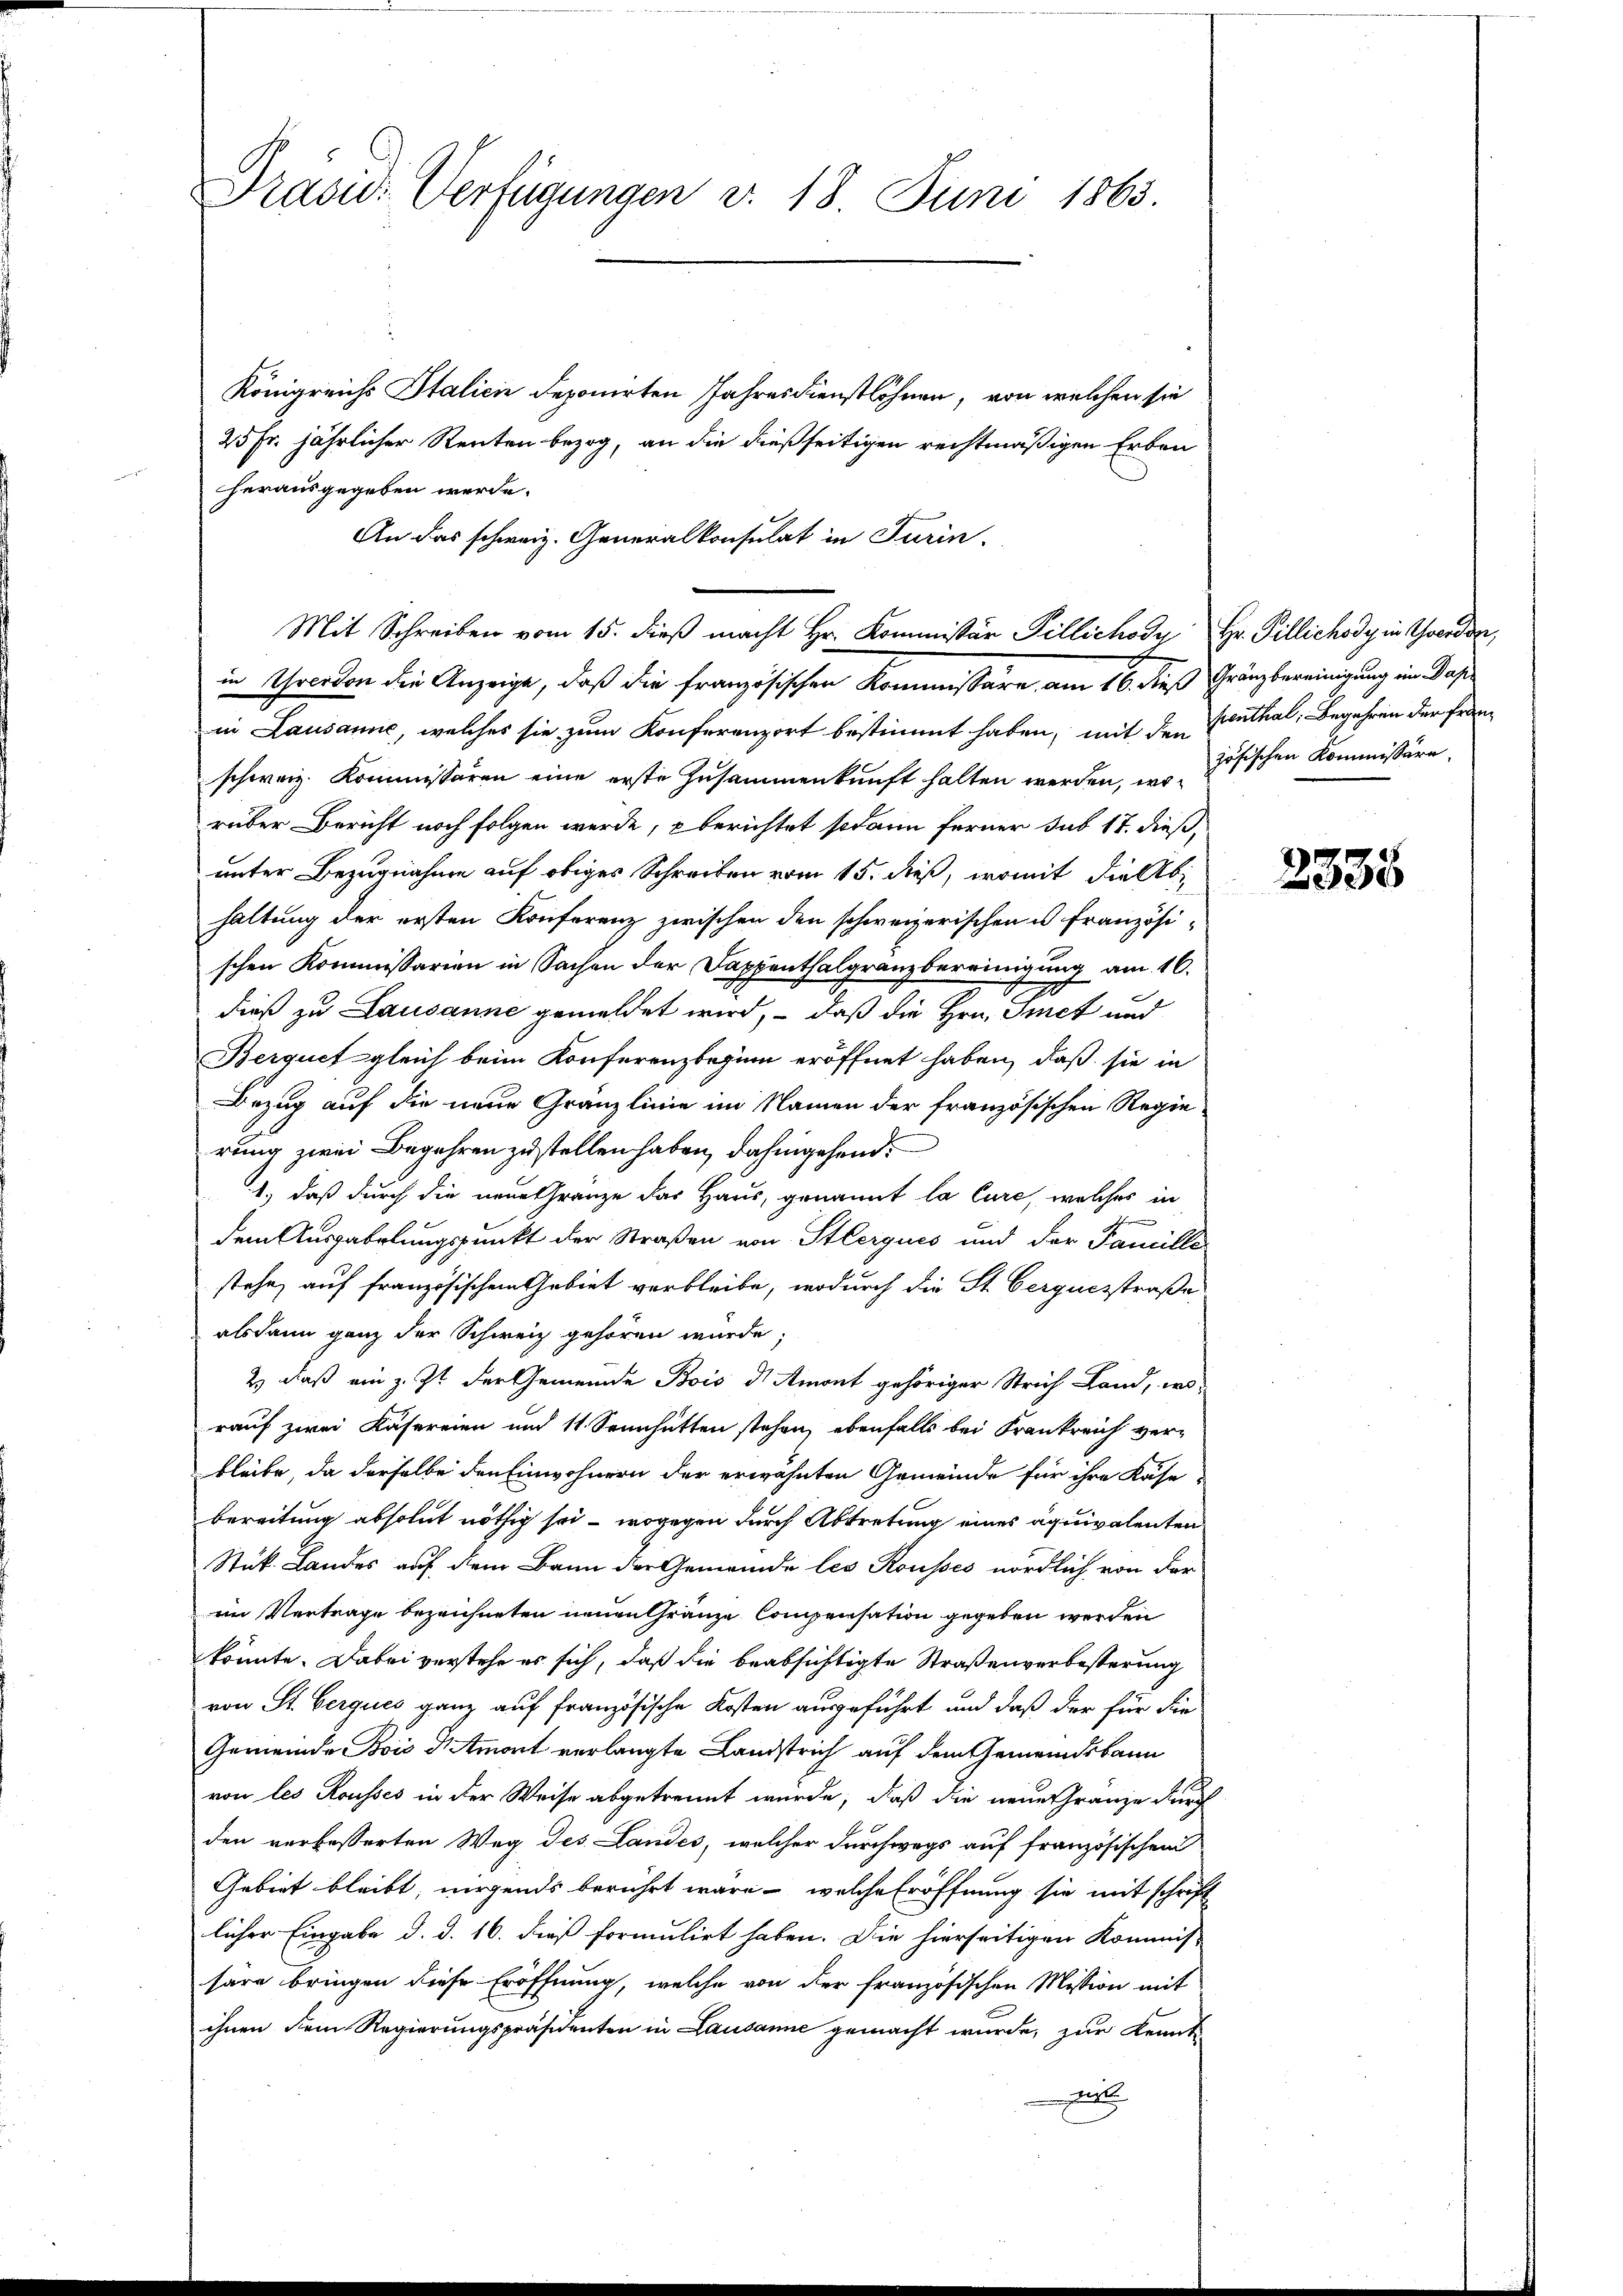
Prasw. Verfügungen v. 18 Juni 1863.

Königreichs Italicie deponirten Jahresdienstlöhnen, von welchen sie
25 Fr. jährlicher Renten bezog, an die dießseitigen rechtmäßigen Erben
herausgegeben werde.
An das schweiz. Generalkonsulat in Turin,
in Lausanne, welches sie zum Konferenzort bestimmt haben, mit den Benthal, Begehren der Franschweiz. Kommissären eine erste Zusammenkunft halten werden, wo zösischen Kommissäre,
rüber Bericht noch folgen werde, berichtet sodann ferner sub 17. dieß,
unter Bezugnahme auf obiges Schreiben vom 15. dieß, womit die Abhaltung der ersten Konferenz zwischen den schweizerischen u französischen Kommissarien in Sachen der Dappenthalgranzbereinigung am 16.
dieß zu Lausanne gemeldet wird, – daß die Hrn. Imet und
Berquet gleich beim Konferenzbeginn eröffnet haben, daß sie in
Bezug auf die neue Gränzlinie im Namen der französischen Regie
rung zwei Begehren zustellen haben, dahingehend:
1.) daß durch die neue Gränze der Haus, genannt la Cure, welches in
dem Ausgabelungspunkt der Straßen von Sterques und der Famille
stehe, auf französischem Gebiet verbleibe, wodurch die St. Gerquesstraße
alsdann ganz der Schweiz gehören wurde,
2) daß ein z. Zt. der Gemeinde Bois d Amont gehöriger Strich Land, wo-
rauf zwei Käsereien und 11. Sennhütten stehen, ebenfalls bei Frankreich ver-
bleibe, da derselbe den Einwohnern der erwähnten Gemeinde für ihre Kase
bereitung absolut nöthig sei - wogegen durch Abtretung eines Äquivalenten
Stuk. Landes auf dem Bann der Gemeinde les Rousses nördlich von der
im Vertrage bezeichneten neuen Gränze Compensation gegeben werden
könnte. Dabei verstehe es sich, daß die beabsichtigte Straßenverbesterung
von St. Cerques ganz auf französische Kosten ausgeführt und daß der für die
Gemeinde Bois mort verlangte Landstrich auf dem Gemeindsbann
von les Rousses in der Weise abgetrennt würde, daß die neue Gränze durc
den verbesserten Weg des Landes, welcher durchwegs auf französischem
Gebiet bleibt, nirgends berührt wäre, welche Eröffnung sie mit schrift
licher Eingabe d. d. 16. dieß formulirt haben. Die hierseitigen Kommis-
säre bringen diese Eröffnung, welche von der französischen Mission mit
ihnen dem Regierungspräsidenten in Lausanne gemacht wurde, zur Kennt-
t

Mit Schreiben vom 15. dieβ macht Hr. Kommissär Pillichody Hr. Pillichody in Theodore,
in Throrden die Anzeige, daß die französischen Kommissäre, am 16. dieß Gränzbereinigung im Jah¬

2335